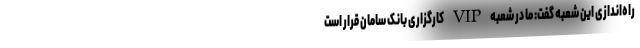
راه‌اندازی این شعبه گفت: ما در شعبه VIP کارگزاری بانک سامان قرار است